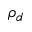
\rho _ { d }